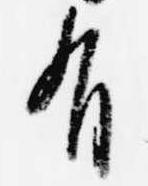
有